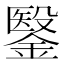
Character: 𮢶